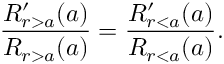
\frac { R _ { r > a } ^ { \prime } ( a ) } { R _ { r > a } ( a ) } = \frac { R _ { r < a } ^ { \prime } ( a ) } { R _ { r < a } ( a ) } .